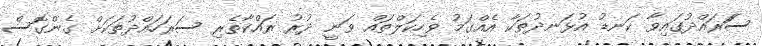
ސަަރައްދުގައިވާ ކަނޑު އުޅަނދުތަކާ އެއްގަމު ވެހިކަލްތައް ވަނީ ދުރު ރައްކާތެރި ސަރަހައްދުތަކަށް ގެންގޮސް